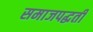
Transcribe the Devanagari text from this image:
समाजपद्धती